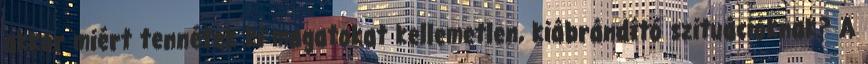
akkor miért tennétek ki magatokat kellemetlen, kiábrándító szituációknak? A